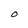
Character: O